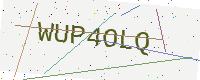
Text: WUP4OLQ